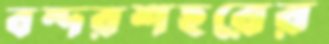
বন্দরশহরের